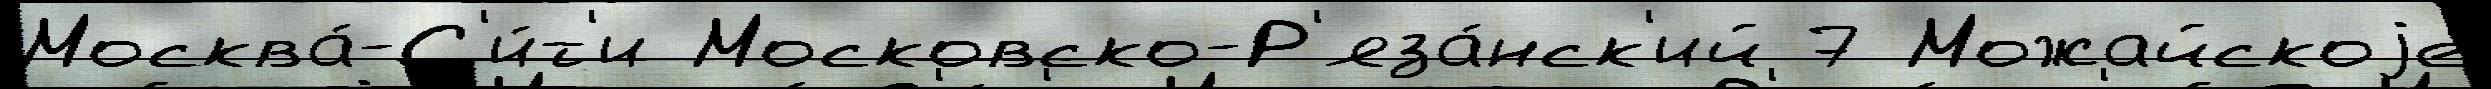
Москва́-С'и́т'и Московско-Р'яза́нск'ий 7 Можайскоjе